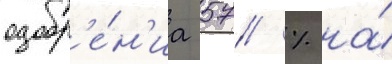
одобр'е́н'иа 57 % на́